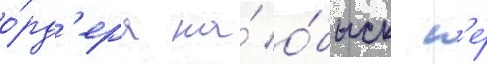
о́рд'ера на́ о́быск н'е́